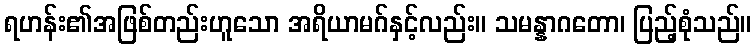
ရဟန်း၏အဖြစ်တည်းဟူသော အရိယာမဂ်နှင့်လည်း။ သမန္နာဂတော၊ ပြည့်စုံသည်။